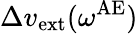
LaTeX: \Delta v_{\mathrm{ext}}(\omega^{\mathrm{AE}})